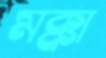
মক্কা